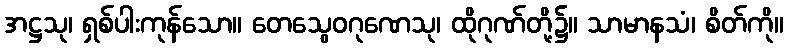
အဋ္ဌသု၊ ရှစ်ပါးကုန်သော။ တေသွေဝဂုဏေသု၊ ထိုဂုဏ်တို့၌။ သာမာနသံ၊ စိတ်ကို။